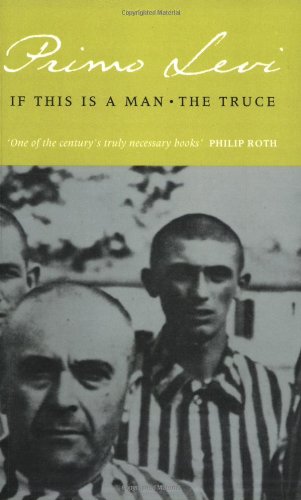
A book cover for If This Is a Man and The Truce; Primo Levi; Biographies & Memoirs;